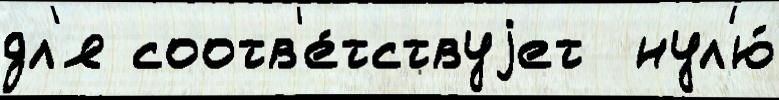
дл'я соотв'е́тствуjет  нул'ю́